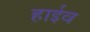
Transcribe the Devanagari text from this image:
हाईव